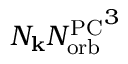
N _ { \mathbf { k } } { N _ { \mathrm { o r b } } ^ { \mathrm { P C } } } ^ { 3 }